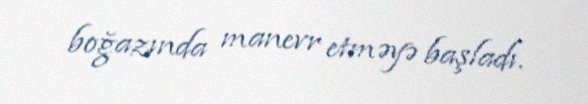
boğazında manevr etməyə başladı.